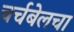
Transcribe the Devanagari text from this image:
चर्चबेलचा